Document type: Sale
Year: 1440
Scribe: Pere Pau Pujades
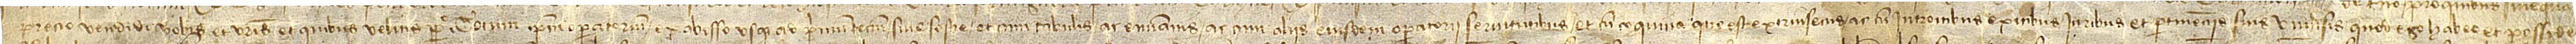
precio vendidi vobis et vestris et quibus velitis perpetuo totum ipsum operatorium ex abisso usque ad primum tectum sive sostre, et cum tabulis ac envannis ac cum aliis eiusdem operatorii servitutibus, et cum coquina que est extrinsecus, ac cum introitibus, exitibus, iuribus et pertinenciis suis universis, quod ego habeo et possideo